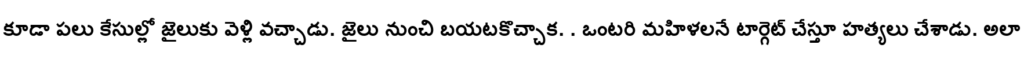
కూడా పలు కేసుల్లో జైలుకు వెళ్లి వచ్చాడు. జైలు నుంచి బయటకొచ్చాక. . ఒంటరి మహిళలనే టార్గెట్ చేస్తూ హత్యలు చేశాడు. అలా